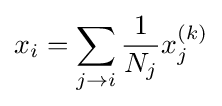
x_{i}=\sum _{j\rightarrow i}{1 \over N_{j}}x_{j}^{(k)}